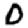
Digit: 0